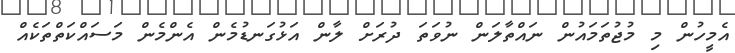
އެމީހުން މި މުޖުތަމައުން ނައްތާލަން ނުވަތަ ދުރަށް ލާން އަޅުގަނޑުމެން އެންމެން މަސައްކަތްތަކެއް